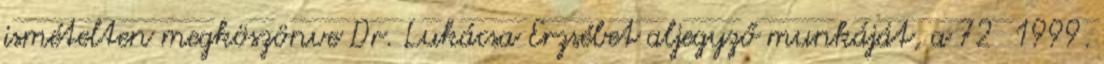
ismételten megköszönve Dr. Lukácsa Erzsébet aljegyző munkáját, a 72 1999.